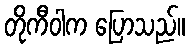
တိုကီဝါက ပြောသည်။